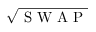
\sqrt { \mathrm { ~ S ~ W ~ A ~ P ~ } }